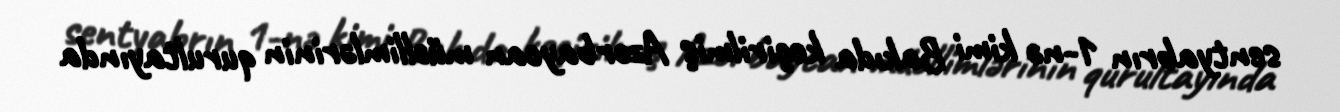
sentyabrın 1-nə kimi Bakıda keçirilmiş Azərbaycan müəllimlərinin qurultayında